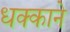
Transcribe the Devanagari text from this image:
धक्काने